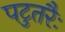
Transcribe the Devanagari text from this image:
पटुतरैः